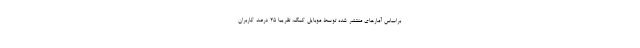
براساس آمارهای منتشر شده توسط موبایل کمک، تقریبا ۲۵ درصد کاربران